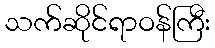
သက်ဆိုင်ရာဝန်ကြီး